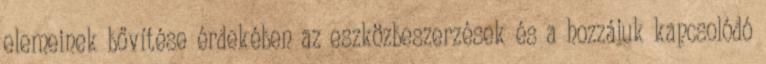
elemeinek bővítése érdekében az eszközbeszerzések és a hozzájuk kapcsolódó